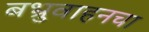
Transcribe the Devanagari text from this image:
बभ्रुवाहनचा